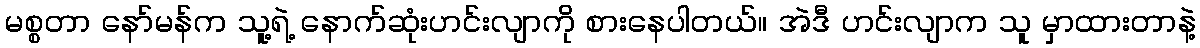
မစ္စတာ နော်မန်က သူ့ရဲ့ နောက်ဆုံးဟင်းလျာကို စားနေပါတယ်။ အဲဒီ ဟင်းလျာက သူ မှာထားတာနဲ့